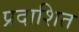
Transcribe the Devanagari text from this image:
प्रदाशित